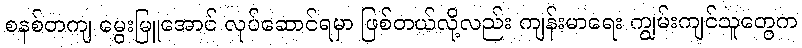
စနစ်တကျ မွေးမြူအောင် လုပ်ဆောင်ရမှာ ဖြစ်တယ်လို့လည်း ကျန်းမာရေး ကျွမ်းကျင်သူတွေက